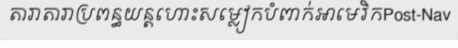
តារាតារាប្រពន្ធយន្តហោះសម្លៀកបំពាក់អាមេរិកPost-Nav